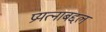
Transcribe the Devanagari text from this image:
प्रयत्नाबद्दल